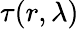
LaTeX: \tau(r,\lambda)